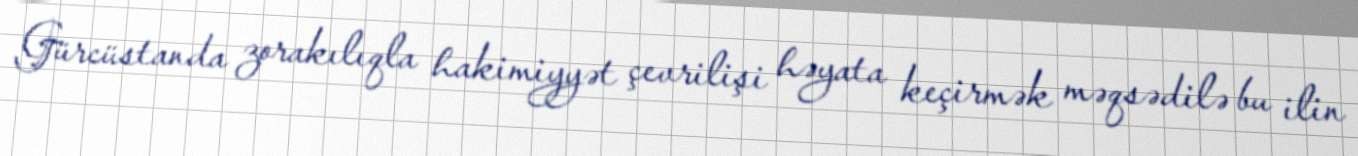
Gürcüstanda zorakılıqla hakimiyyət çevrilişi həyata keçirmək məqsədilə bu ilin